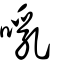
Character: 啂